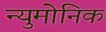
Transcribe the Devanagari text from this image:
न्युमोनिक